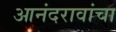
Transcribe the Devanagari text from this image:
आनंदरावांचा